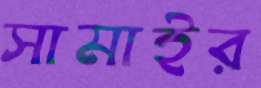
সামাইর